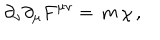
LaTeX: \partial _ { \nu } \partial _ { \mu } F ^ { \mu \nu } = \, m \, \chi \, ,